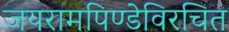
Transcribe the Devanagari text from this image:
जयरामपिण्डेविरचित